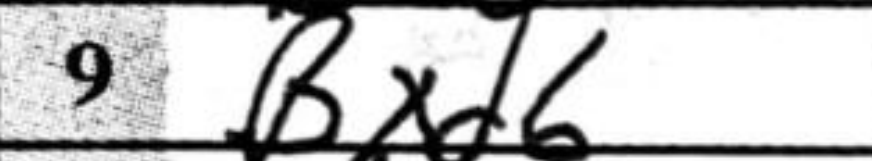
Transcription: Bxd6